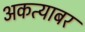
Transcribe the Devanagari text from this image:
अकत्याबर